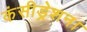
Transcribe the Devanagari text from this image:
कंसीड्रेशन।